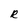
Character: R